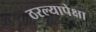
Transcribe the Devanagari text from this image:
ठरल्यापेक्षा